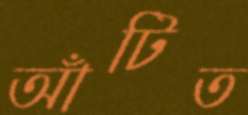
আঁটিত